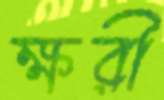
ক্ষরী